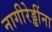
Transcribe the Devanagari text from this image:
नागीरेड्डींना